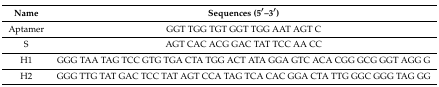
<table><thead><tr><td><b>Name</b></td><td><b>Sequences (5′–3′)</b></td></tr></thead><tbody><tr><td>Aptamer</td><td>GGT TGG TGT GGT TGG AAT AGT C</td></tr><tr><td>S</td><td>AGT CAC ACG GAC TAT TCC AA CC</td></tr><tr><td>H1</td><td>GGG TAA TAG TCC GTG TGA CTA TGG ACT ATA GGA GTC ACA CGG GCG GGT AGG G</td></tr><tr><td>H2</td><td>GGG TTG TAT GAC TCC TAT AGT CCA TAG TCA CAC GGA CTA TTG GGC GGG TAG GG</td></tr></tbody></table>